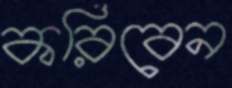
করিবেন